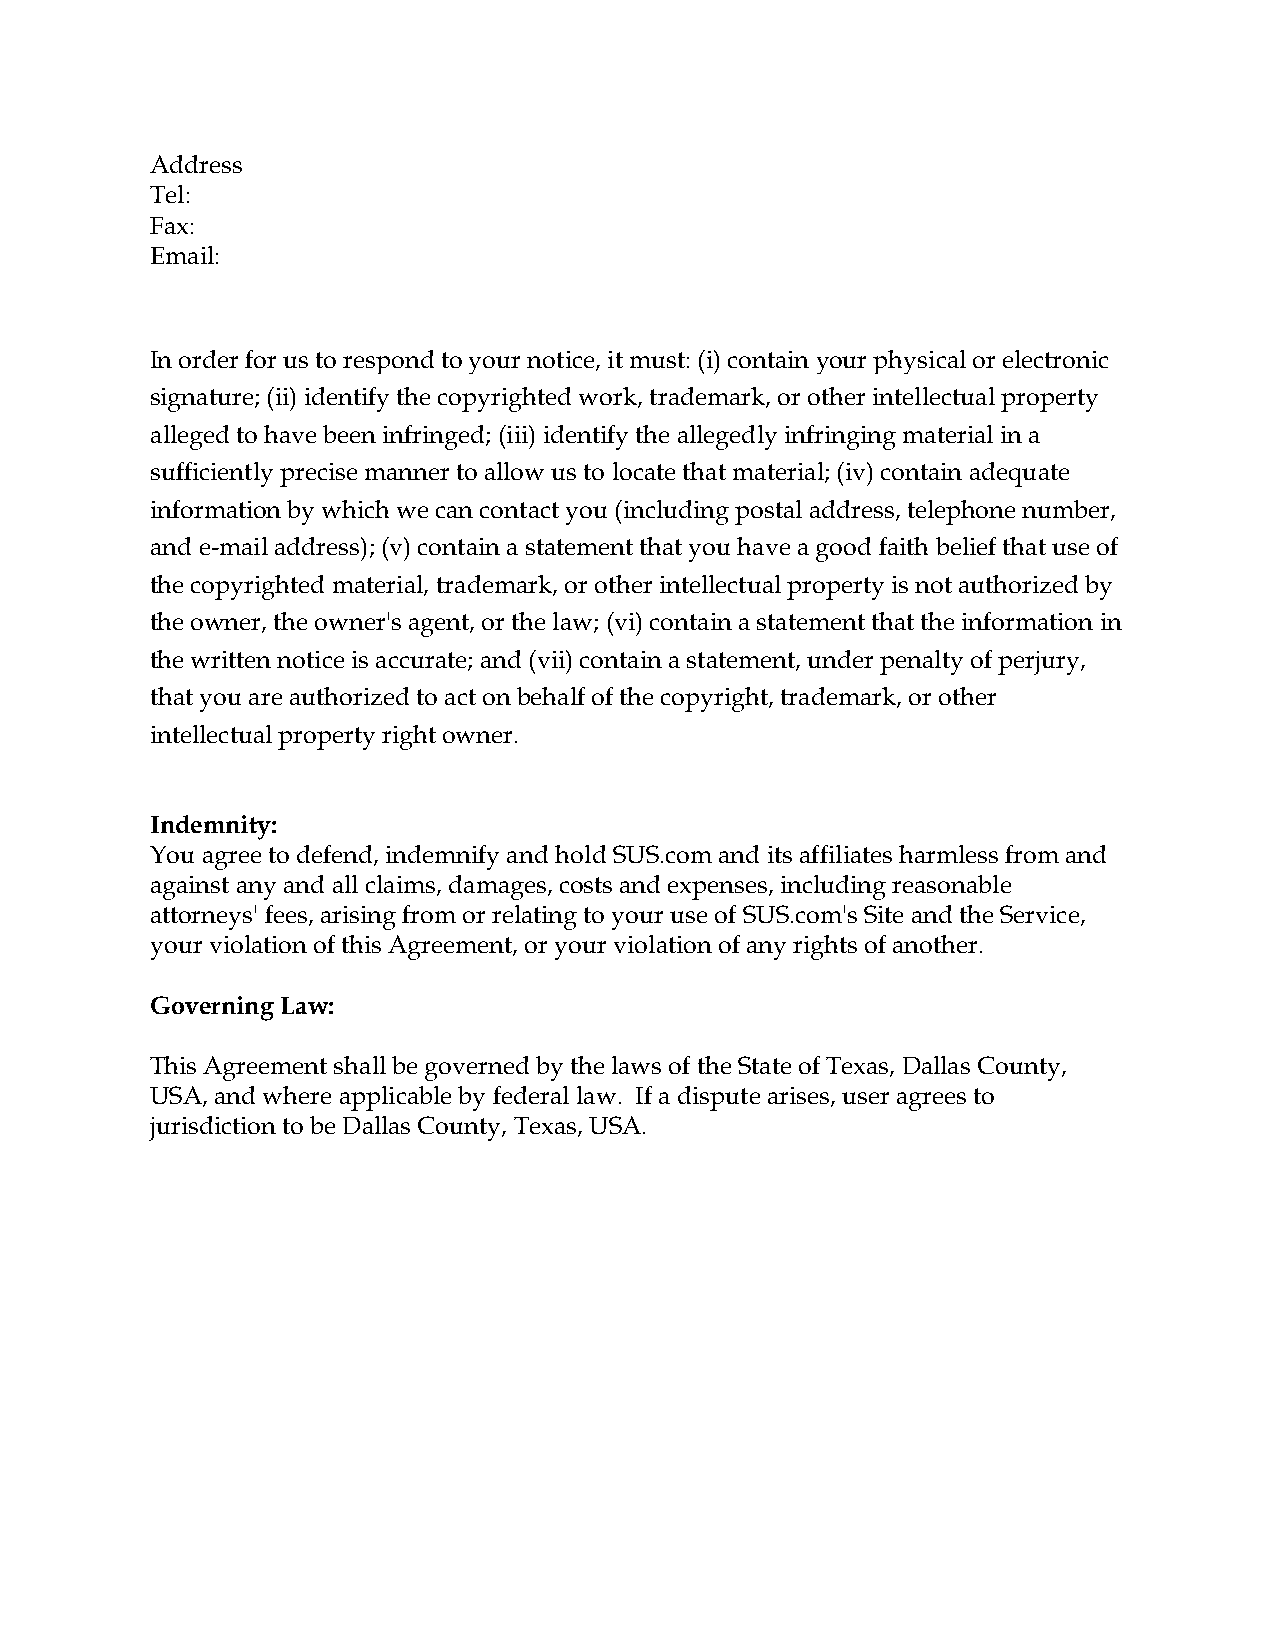
Address
 Tel:
 Fax:
 Email:
 In order for us to respond to your notice, it must: (i) contain your physical or electronic
 signature; (ii) identify the copyrighted work, trademark, or other intellectual property
 alleged to have been infringed; (iii) identify the allegedly infringing material in a
 sufficiently precise manner to allow us to locate that material; (iv) contain adequate
 information by which we can contact you (including postal address, telephone number,
 and e-mail address); (v) contain a statement that you have a good faith belief that use of
 the copyrighted material, trademark, or other intellectual property is not authorized by
 the owner, the owner's agent, or the law; (vi) contain a statement that the information in
 the written notice is accurate; and (vii) contain a statement, under penalty of perjury,
 that you are authorized to act on behalf of the copyright, trademark, or other
 intellectual property right owner.
 Indemnity:
 You agree to defend, indemnify and hold SUS.com and its affiliates harmless from and
 against any and all claims, damages, costs and expenses, including reasonable
 attorneys' fees, arising from or relating to your use of SUS.com's Site and the Service,
 your violation of this Agreement, or your violation of any rights of another.
 Governing Law:
 This Agreement shall be governed by the laws of the State of Texas, Dallas County,
 USA, and where applicable by federal law. If a dispute arises, user agrees to
 jurisdiction to be Dallas County, Texas, USA.